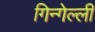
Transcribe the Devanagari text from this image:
गिन्गेल्ली